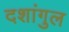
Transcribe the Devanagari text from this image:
दशांगुल